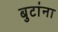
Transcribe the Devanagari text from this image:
बुटांना